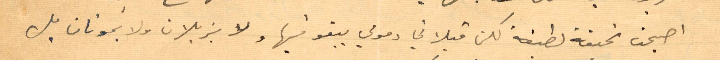
أصبحت نحيفة لطيفة لكن قبلاتي دموعي ببقو فيها لاو يزيلان ولا يموتان بل